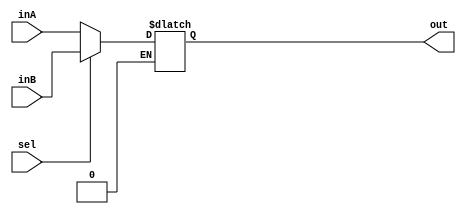
`timescale 1ns / 1ps

////////////////////////////////////////////////////////////////////////////////
// ECE369 - Computer Architecture
// 
// Module - Mux32Bit2To1.v
// Description - Performs signal multiplexing between 2 32-Bit words.
////////////////////////////////////////////////////////////////////////////////

module Mux5Bit2To1(out, inA, inB, sel);

    output reg [4:0] out;
    
    input [4:0] inA;
    input [4:0] inB;
    input sel;

    /* Fill in the implementation here ... */ 
    
    always @(sel, out, inA, inB)
    begin
        if(sel == 0) begin
            out <= inA;
        end
        if(sel == 1) begin
            out <= inB;
        end
        
     end
endmodule